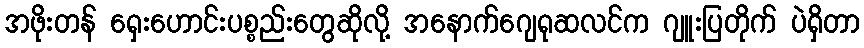
အဖိုးတန် ရှေးဟောင်းပစ္စည်းတွေဆိုလို့ အနောက်ဂျေရုဆလင်က ဂျူးပြတိုက် ပဲရှိတာ